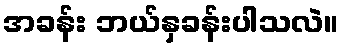
အခန်း ဘယ်နှခန်းပါသလဲ။